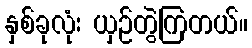
နှစ်ခုလုံး ယှဉ်တွဲကြတယ်။